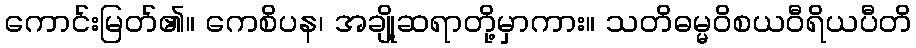
ကောင်းမြတ်၏။ ကေစိပန၊ အချို့ဆရာတို့မှာကား။ သတိဓမ္မဝိစယဝီရိယပီတိ